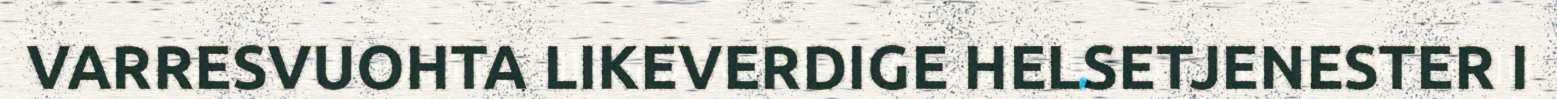
VARRESVUOHTA LIKEVERDIGE HELSETJENESTER I